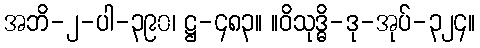
အဘိ-၂-ပါ-၃၉၀၊ ဋ္ဌ-၄၈၃။ ။ဝိသုဒ္ဓိ-ဒု-အုပ်-၃၂၄။